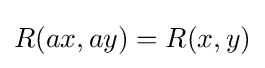
R(ax,ay)=R(x,y)